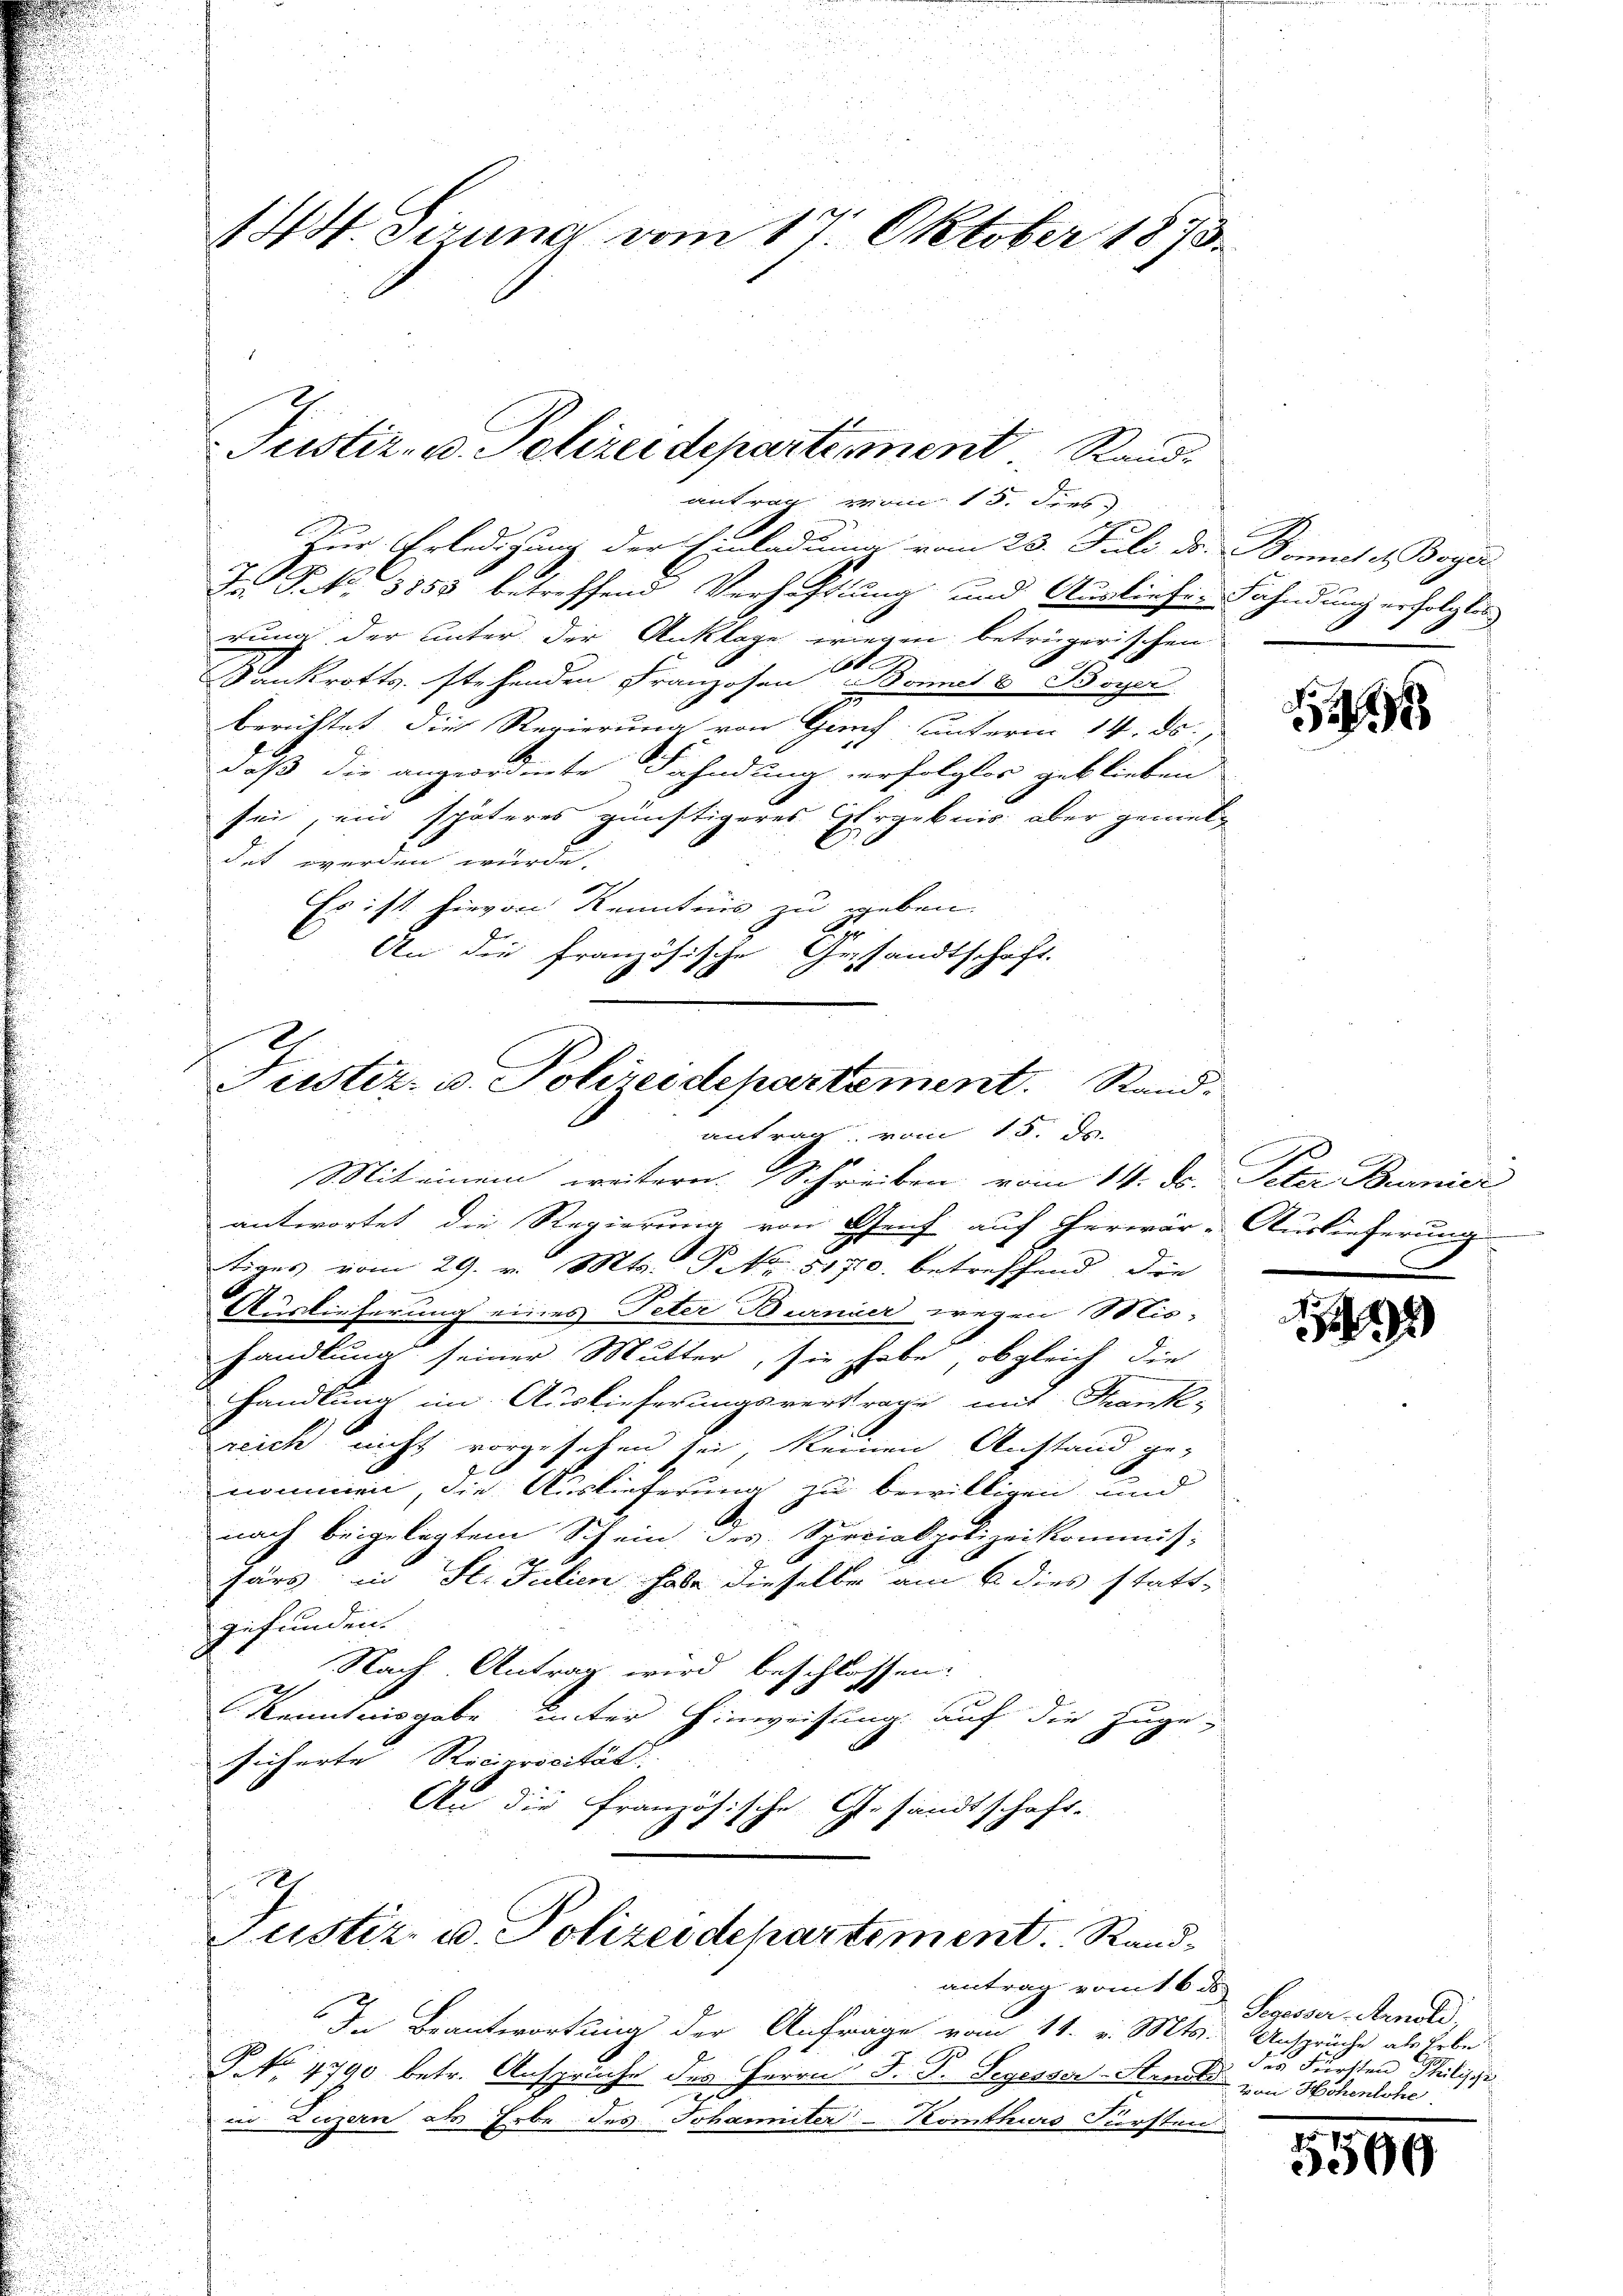
144. Sirung vom 17. Oktober 1873.

antrag vom 15. dies
Zur Erledigung der Einladung vom 23. Juli d. Bonet v. Boge
J. P. Nr. 3255 betreffend Verhaftung und Ausliefer Fahndung erfolgten
rung der unter der Anklage wiegen beträgerischen
t
Kankrotts. stehenden Franzosen Bonet & Boyer
berichtet die Regierung von Genf unterm 14. ds.
daß die angeordnete Fahndung erfolgter geblieben.
sei, ein späteres günstigeres Ergebnis aber gemei-
det werden würde.
Es ist hievon Kenntnis zu geben.
An die französische Gesandtschaft.

Justiz- u. Polizeidepartement. Rand

Justiz- u. Polizeidepartement. Stand.
antrag vom 15. ds.

Mit einem weitern. Schreiben vom 14. ds. Peter Burnier
antwortet die Regierung von Genf auf Therwär-Auslieferung
tiges vom 29. v. Mts. Frk. 5170. betreffend die
Auslieferung eines Peter Burnier wegen Mishandlung seiner Mutter, sie habe, obgleich die
handlung im Auslieferungsvertrage mit Frank-
reich nicht vorgesehen sei, keinen Anstand genommen, die Auslieferung zu bewilligen und
2
nach beigelegtem Schein des Specialpolizeikommis-
Gärs in St. Julien habe dieselbe am 6 dies stattgefunden.
Nach Antrag wird beschlossen.
Kenntnisgabe unter Hinweisung auf die zuge-
sicherte Reciprocität
An die französische Gesandtschaft-

t
Justiz- u. Polizeidepartement. Randantrag vom 16. ds

In Beantwortung der Anfrage vom 11. v. Mts. Ansprüche als Lebe
P. No 4790 betr. Ansprüche des Herrn J. J. Segesser-Struel von Höhenlohe
in Luzern als Erbe des Johanniter-Komthurs Fürsten

26

e
C

1

Segesser Arnold,
des Berechten Meilige

5500